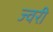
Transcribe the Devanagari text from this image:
ज्वरी